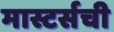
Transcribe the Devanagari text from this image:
मास्टर्सची